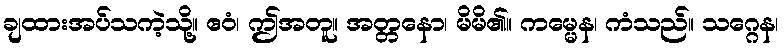
ချထားအပ်သကဲ့သို့။ ဧဝံ၊ ဤအတူ။ အတ္တနော၊ မိမိ၏။ ကမ္မေန၊ ကံသည်။ သဂ္ဂေန၊